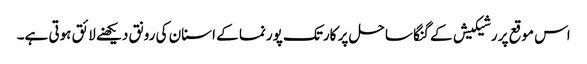
اس موقع پر رشیکیش کے گنگا ساحل پر کارتک پورنما کے اسنان کی رونق دیکھنے لائق ہوتی ہے۔